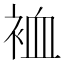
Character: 裇